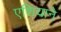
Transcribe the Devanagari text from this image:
एशियाने